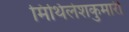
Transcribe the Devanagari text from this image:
मिथिलेशकुमारी